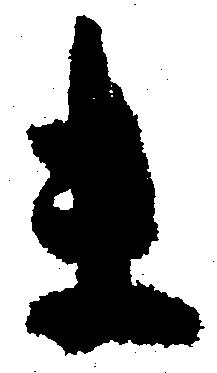
未